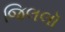
જિલલૉ